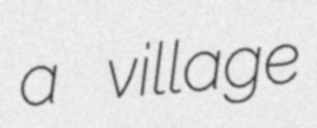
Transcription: a village